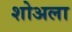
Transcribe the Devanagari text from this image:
शोअला